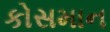
કોસમાન